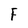
Character: F